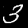
Label: 3